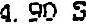
4.90 S